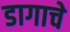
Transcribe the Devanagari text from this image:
डागाचे